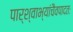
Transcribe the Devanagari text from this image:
पार्श्वाभ्यांचैवपादतः